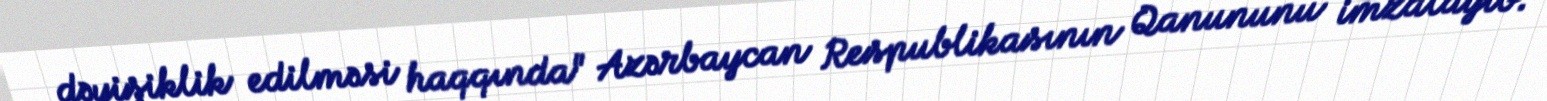
dəyişiklik edilməsi haqqında" Azərbaycan Respublikasının Qanununu imzalayıb.